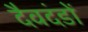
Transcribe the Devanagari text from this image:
दैवदंडों